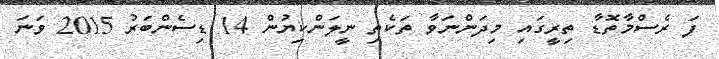
ފަ ރެސްމާތޮޑާ ތިރީގައި މިދަންނަވާ ތަކެތި ނީލަންކިޔުން 14 ޑިސެންބަރު 2015 ވަނަ